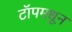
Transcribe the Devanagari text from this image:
टॉपमधून